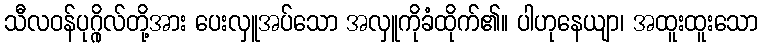
သီလဝန်ပုဂ္ဂိုလ်တို့အား ပေးလှူအပ်သော အလှူကိုခံထိုက်၏။ ပါဟုနေယျာ၊ အထူးထူးသော